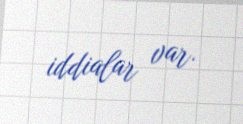
iddialar var.